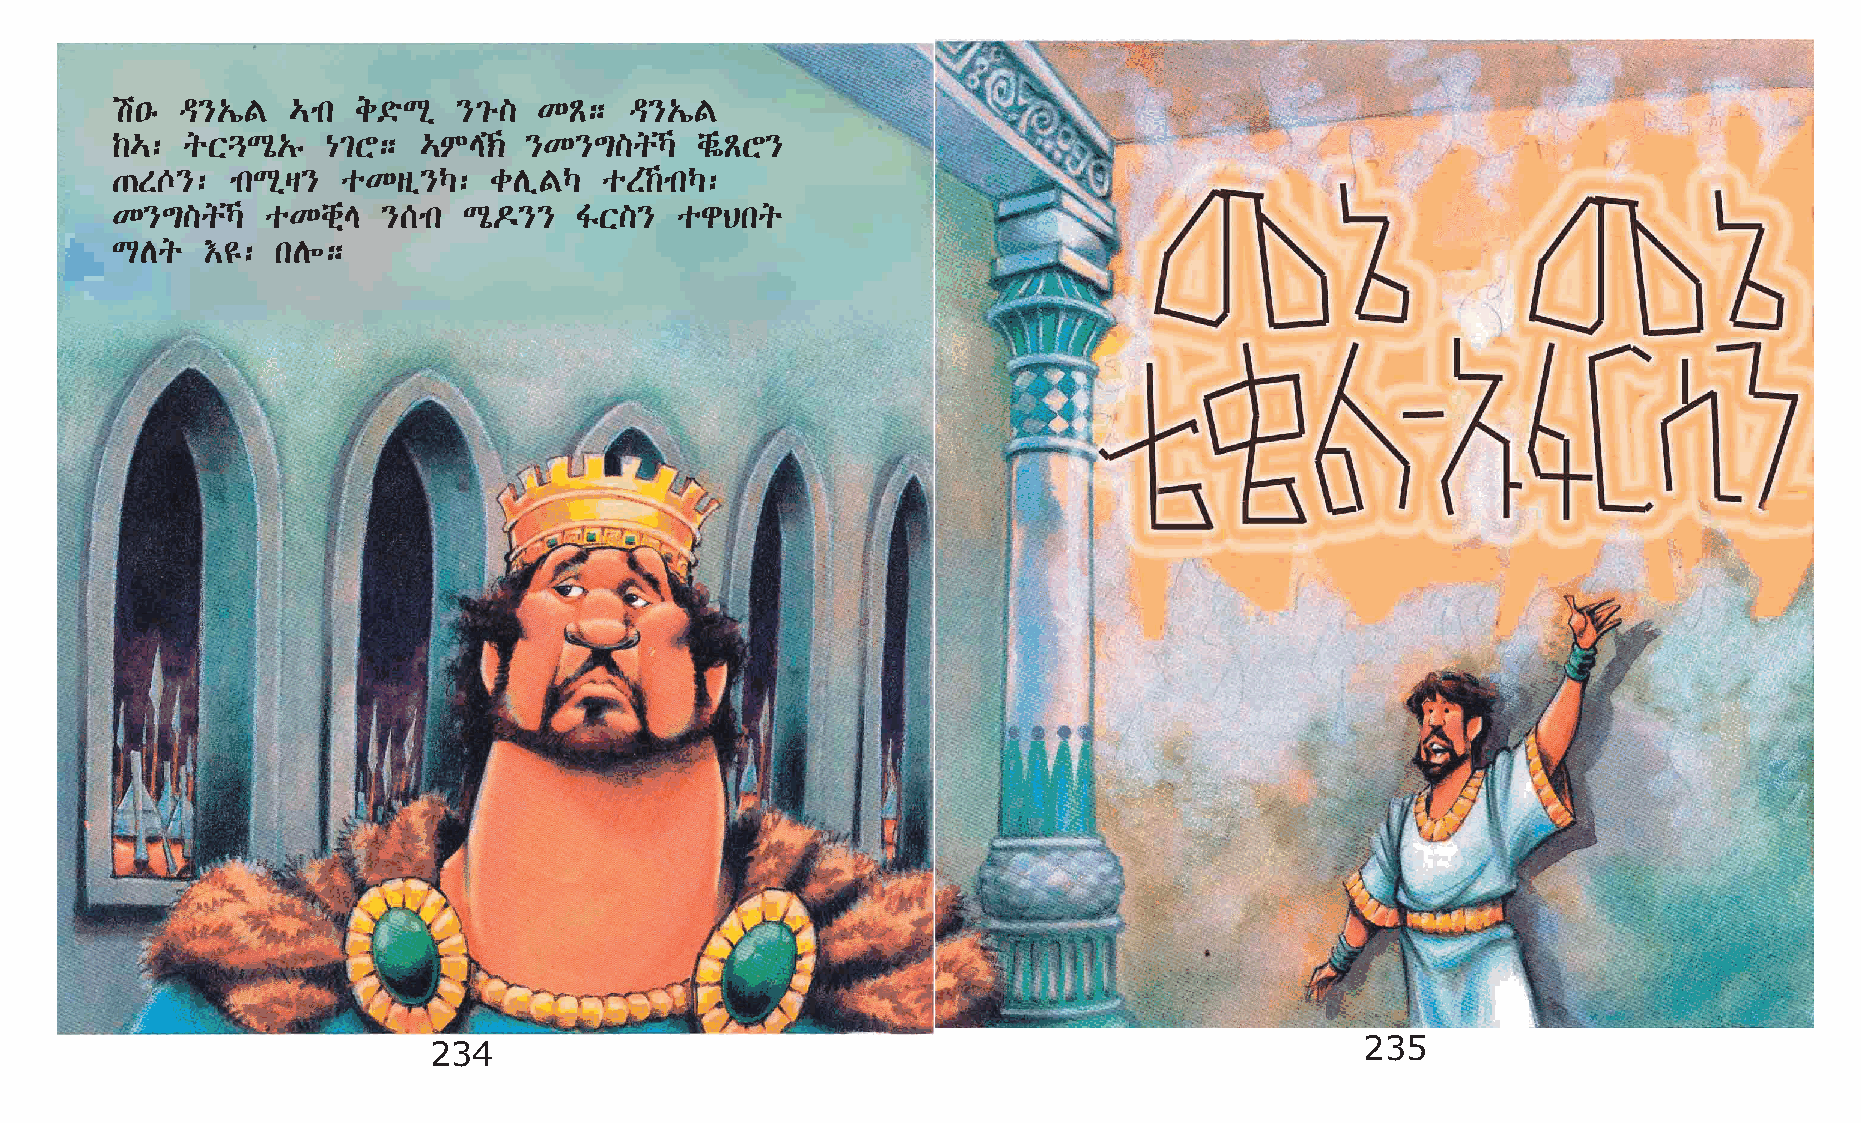
a•ê  ª}„íF  …mk  e©öLð }²é]  KÃ;   ª}„íF
 ‰…:  qX¶Lô„ê   {²Y;  …ME‹  }K}´]qŠ   chøÃY}
 ·S^}:   mkLðš}  oKsï}Š:  cDïFŠ   oS‰mkŠ:
 K}´]qŠ    oKchñE }[mk  Lô¬}}  ÍX]}   ogBkq
 LDq   †£:  kD÷;
 234                                                           235